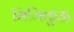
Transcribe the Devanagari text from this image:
मिमिकुऊ